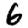
Digit: 6